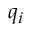
q _ { i }